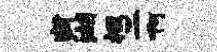
断湖掇二啊